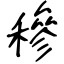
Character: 穇